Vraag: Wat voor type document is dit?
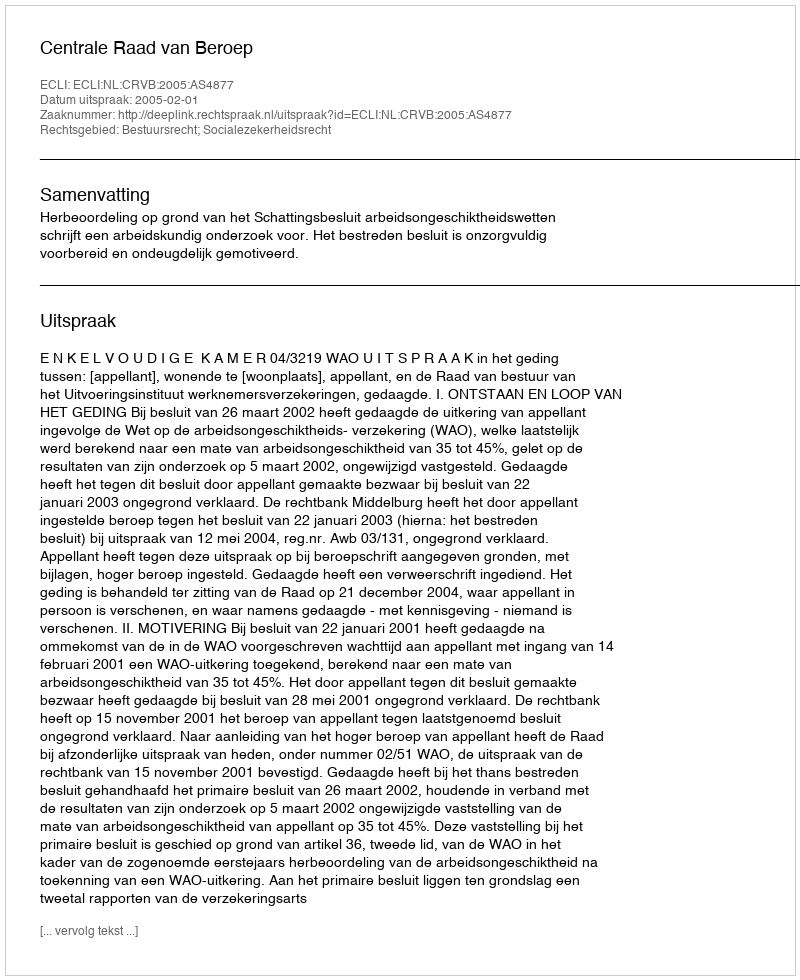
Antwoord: Uitspraak